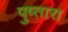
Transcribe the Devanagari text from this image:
पुष्तारा